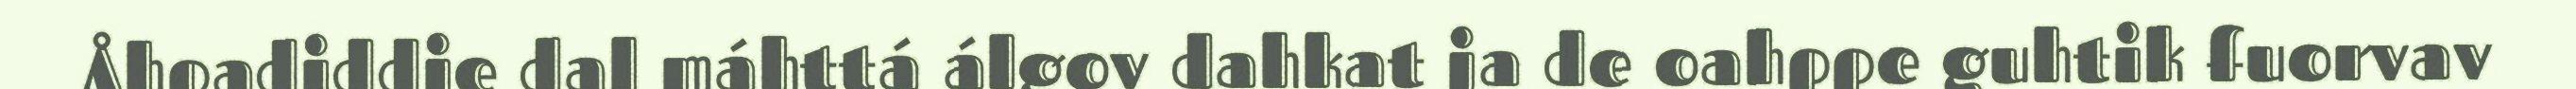
Åhpadiddje dal máhttá álgov dahkat ja de oahppe guhtik fuorvav